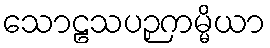
သောဠသပဉှကမ္မိယာ